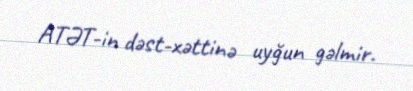
ATƏT-in dəst-xəttinə uyğun gəlmir.